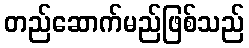
တည်ဆောက်မည်ဖြစ်သည်